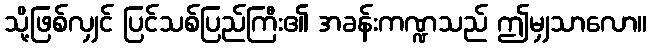
သို့ဖြစ်လျှင် ပြင်သစ်ပြည်ကြီး၏ အခန်းကဏ္ဍသည် ဤမျှသာလော။